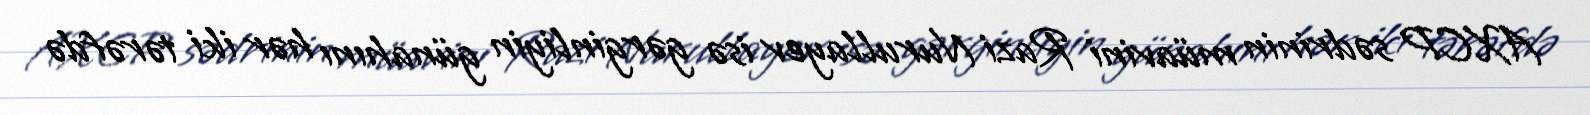
AXCP sədrinin müavini Razi Nurullayev isə gərginliyin günahını hər iki tərəfdə